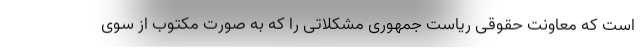
است که معاونت حقوقی ریاست جمهوری مشکلاتی را که به صورت مکتوب از سوی